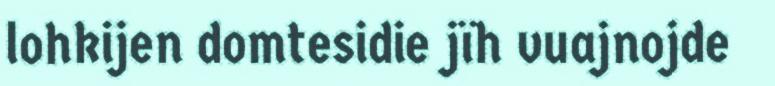
lohkijen domtesidie jïh vuajnojde